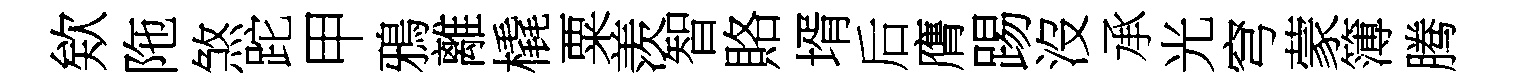
欸陁煞跎甲鴉離橇粟羡智賂壻后膺踢沒承光穹蒙簿腾